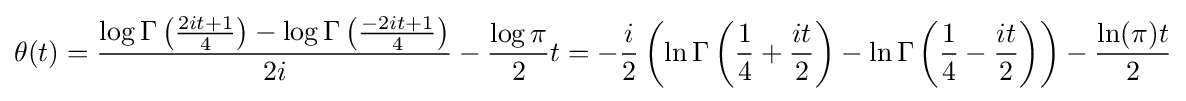
\theta (t)={\frac {\log \Gamma \left({\frac {2it+1}{4}}\right)-\log \Gamma \left({\frac {-2it+1}{4}}\right)}{2i}}-{\frac {\log \pi }{2}}t=-{\frac {i}{2}}\left(\ln \Gamma \left({\frac {1}{4}}+{\frac {it}{2}}\right)-\ln \Gamma \left({\frac {1}{4}}-{\frac {it}{2}}\right)\right)-{\frac {\ln(\pi )t}{2}}